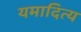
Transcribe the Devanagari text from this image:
यमादित्य